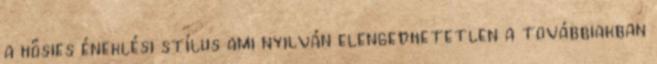
a hősies éneklési stílus ami nyilván elengedhetetlen a továbbiakban